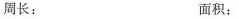
周长： 面积：